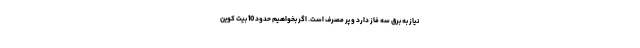
نیاز به برق سه فاز دارد و پر مصرف است. اگر بخواهیم حدود 10 بیت کوین